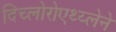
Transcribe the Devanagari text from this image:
दिच्लोरोएथ्य्लेने